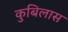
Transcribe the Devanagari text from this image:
कुबिलास